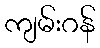
ကျမ်းဂန်